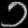
Digit: ၁